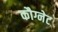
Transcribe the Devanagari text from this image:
कौग्नेट